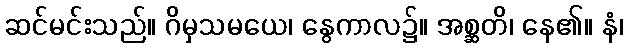
ဆင်မင်းသည်။ ဂိမှသမယေ၊ နွေကာလ၌။ အစ္ဆတိ၊ နေ၏။ နံ၊